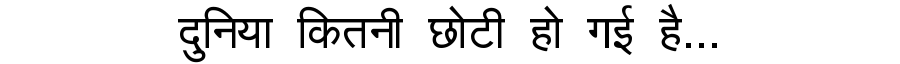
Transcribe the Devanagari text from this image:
दुनिया कितनी छोटी हो गई है...